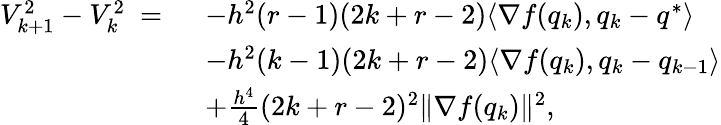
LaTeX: \begin{array}{rl}{V_{k+1}^{2}-V_{k}^{2}\ =\ }&{-h^{2}(r-1)(2k+r-2)\langle\nabla f(q_{k}),q_{k}-q^{*}\rangle}\\ &{-h^{2}(k-1)(2k+r-2)\langle\nabla f(q_{k}),q_{k}-q_{k-1}\rangle}\\ &{+\frac{h^{4}}{4}(2k+r-2)^{2}\| \nabla f(q_{k})\| ^{2},}\end{array}